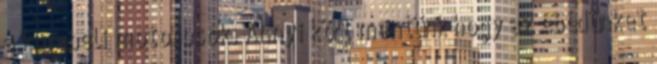
a korabeli motorosok. Annyi kört mentünk hogy az ebédünket